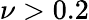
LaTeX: \nu>0.2